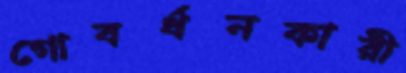
গোবর্ধনকারী